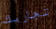
تجاربك